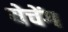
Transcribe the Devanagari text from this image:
येचेंग